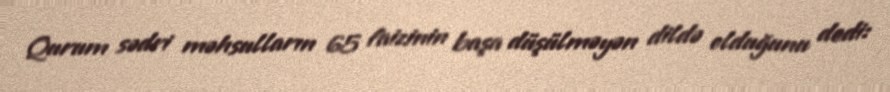
Qurum sədri məhsulların 65 faizinin başa düşülməyən dildə olduğunu dedi: